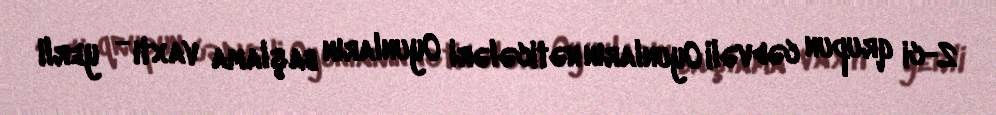
2-ci qrupun cədvəli Oyunların nəticələri Oyunların başlama vaxtı - yerli